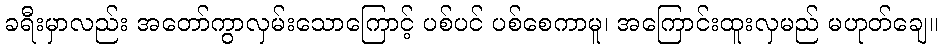
ခရီးမှာလည်း အတော်ကွာလှမ်းသောကြောင့် ပစ်ပင် ပစ်စေကာမူ၊ အကြောင်းထူးလှမည် မဟုတ်ချေ။